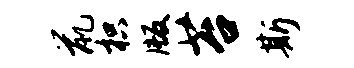
鼠枳版苔斯